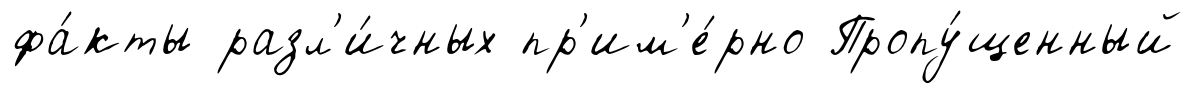
фа́кты разл'и́чных пр'им'е́рно Пропу́щенный